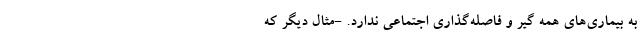
به بیماری‌های همه گیر و فاصله‌گذاری اجتماعی ندارد. -مثال دیگر که